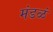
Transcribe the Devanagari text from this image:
मंडळं